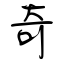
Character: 奇